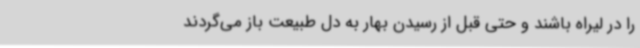
را در لیراه باشند و حتی قبل از رسیدن بهار به دل طبیعت باز می‌گردند